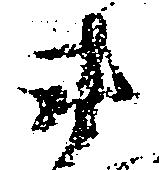
衛